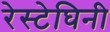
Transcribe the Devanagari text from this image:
रेस्टेघिनी